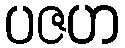
ပဇဟ